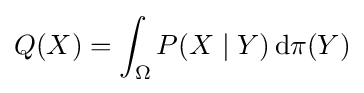
Q(X)=\int _{\Omega }P(X\mid Y)\,\mathrm {d} \pi (Y)